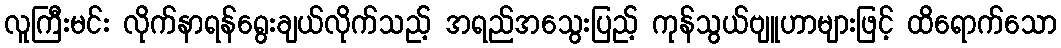
လူကြီးမင်း လိုက်နာရန်ရွေးချယ်လိုက်သည့် အရည်အသွေးပြည့် ကုန်သွယ်ဗျူဟာများဖြင့် ထိရောက်သော